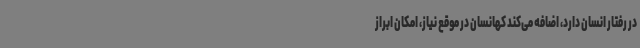
در رفتار انسان دارد، اضافه می‌کند کهانسان در موقع نیاز، امکان ابراز